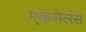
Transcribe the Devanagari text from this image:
एकसेलंस